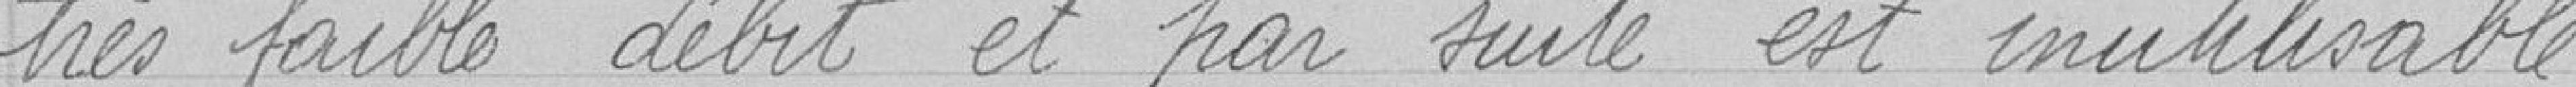
très faible débit et par suite est inutilisable.